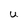
Character: U